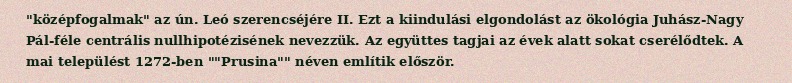
"középfogalmak" az ún. Leó szerencséjére II. Ezt a kiindulási elgondolást az ökológia Juhász-Nagy Pál-féle centrális nullhipotézisének nevezzük. Az együttes tagjai az évek alatt sokat cserélődtek. A mai települést 1272-ben ""Prusina"" néven említik először.